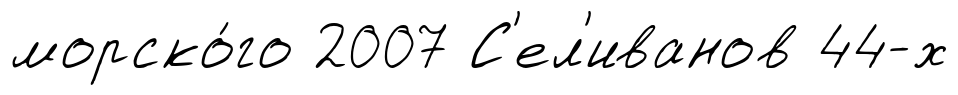
морско́го 2007 С'ел'иванов 44-х